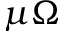
\mu \Omega